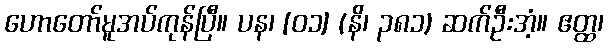
ဟောတော်မူအပ်ကုန်ပြီ။ ပန၊ [၀၁] (နိ၊ ၃၈၁) ဆက်ဦးအံ့။ ဧတ္ထ၊